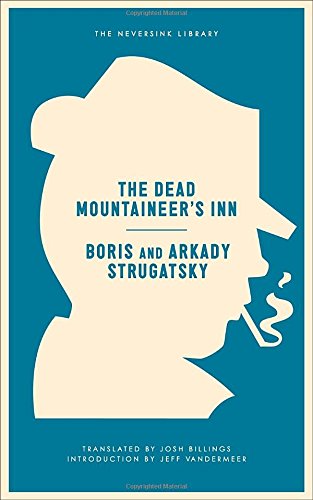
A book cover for The Dead Mountaineer's Inn: One More Last Rite for the Detective Genre (Neversink); Arkady Strugatsky; Humor & Entertainment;